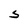
Character: S